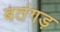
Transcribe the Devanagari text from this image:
बतंगड़